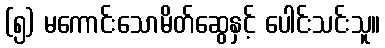
(၅) မကောင်းသောမိတ်ဆွေနှင့် ပေါင်းသင်းသူ။